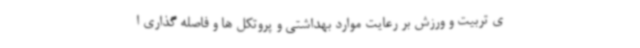
ی تربیت و ورزش بر رعایت موارد بهداشتی و پروتکل ها و فاصله گذاری ا